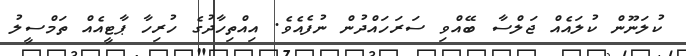
ކުލަނޫން ކުލައެއް ޖަލްސާ ބޭއްވި ސަރަހައްދުން ނުފެއެވެ. އިއްތިހާދުގެ ހުރިހާ ޕާޓީއެއް ތަމްސީލު